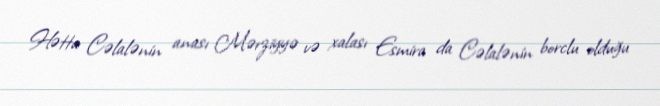
Hətta Cəlalənin anası Mərziyyə və xalası Esmira da Cəlalənin borclu olduğu